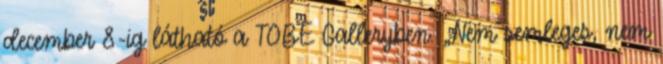
december 8-ig látható a TOBE Galleryben. „Nem semleges, nem